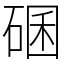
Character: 碅